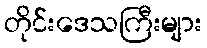
တိုင်းဒေသကြီးများ